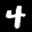
Label: 4